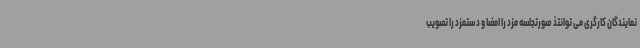
نمایندگان کارگری می توانتذ صورتجلسه مزد را امضا و دستمزد را تصویب